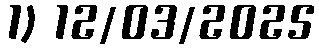
1) 12/03/2025